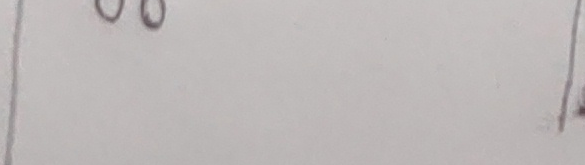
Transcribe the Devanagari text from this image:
००